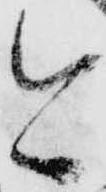
と